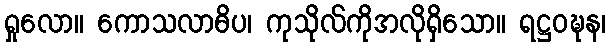
ရှုလော။ ကောသလာဓိပ၊ ကုသိုလ်ကိုအလိုရှိသော။ ရဋ္ဌဝဍ္ဎန၊